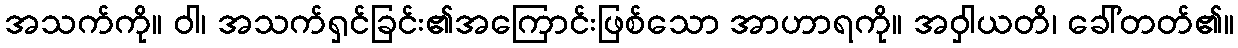
အသက်ကို။ ဝါ၊ အသက်ရှင်ခြင်း၏အကြောင်းဖြစ်သော အာဟာရကို။ အဝှါယတိ၊ ခေါ်တတ်၏။